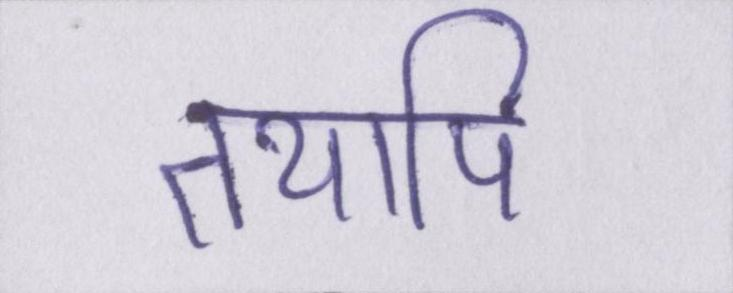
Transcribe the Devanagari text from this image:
तथापि